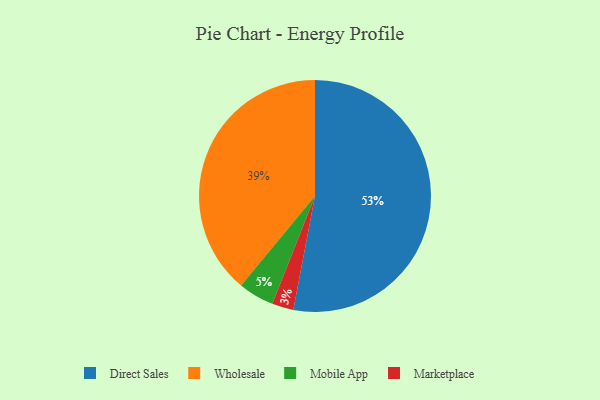
{"axis": {"x": "Category", "y": "Percentage"}, "legend": ["Direct Sales", "Marketplace", "Mobile App", "Wholesale"], "data": [{"x": "Direct Sales", "y": 53, "type": "Direct Sales"}, {"x": "Mobile App", "y": 5, "type": "Mobile App"}, {"x": "Marketplace", "y": 3, "type": "Marketplace"}, {"x": "Wholesale", "y": 39, "type": "Wholesale"}]}